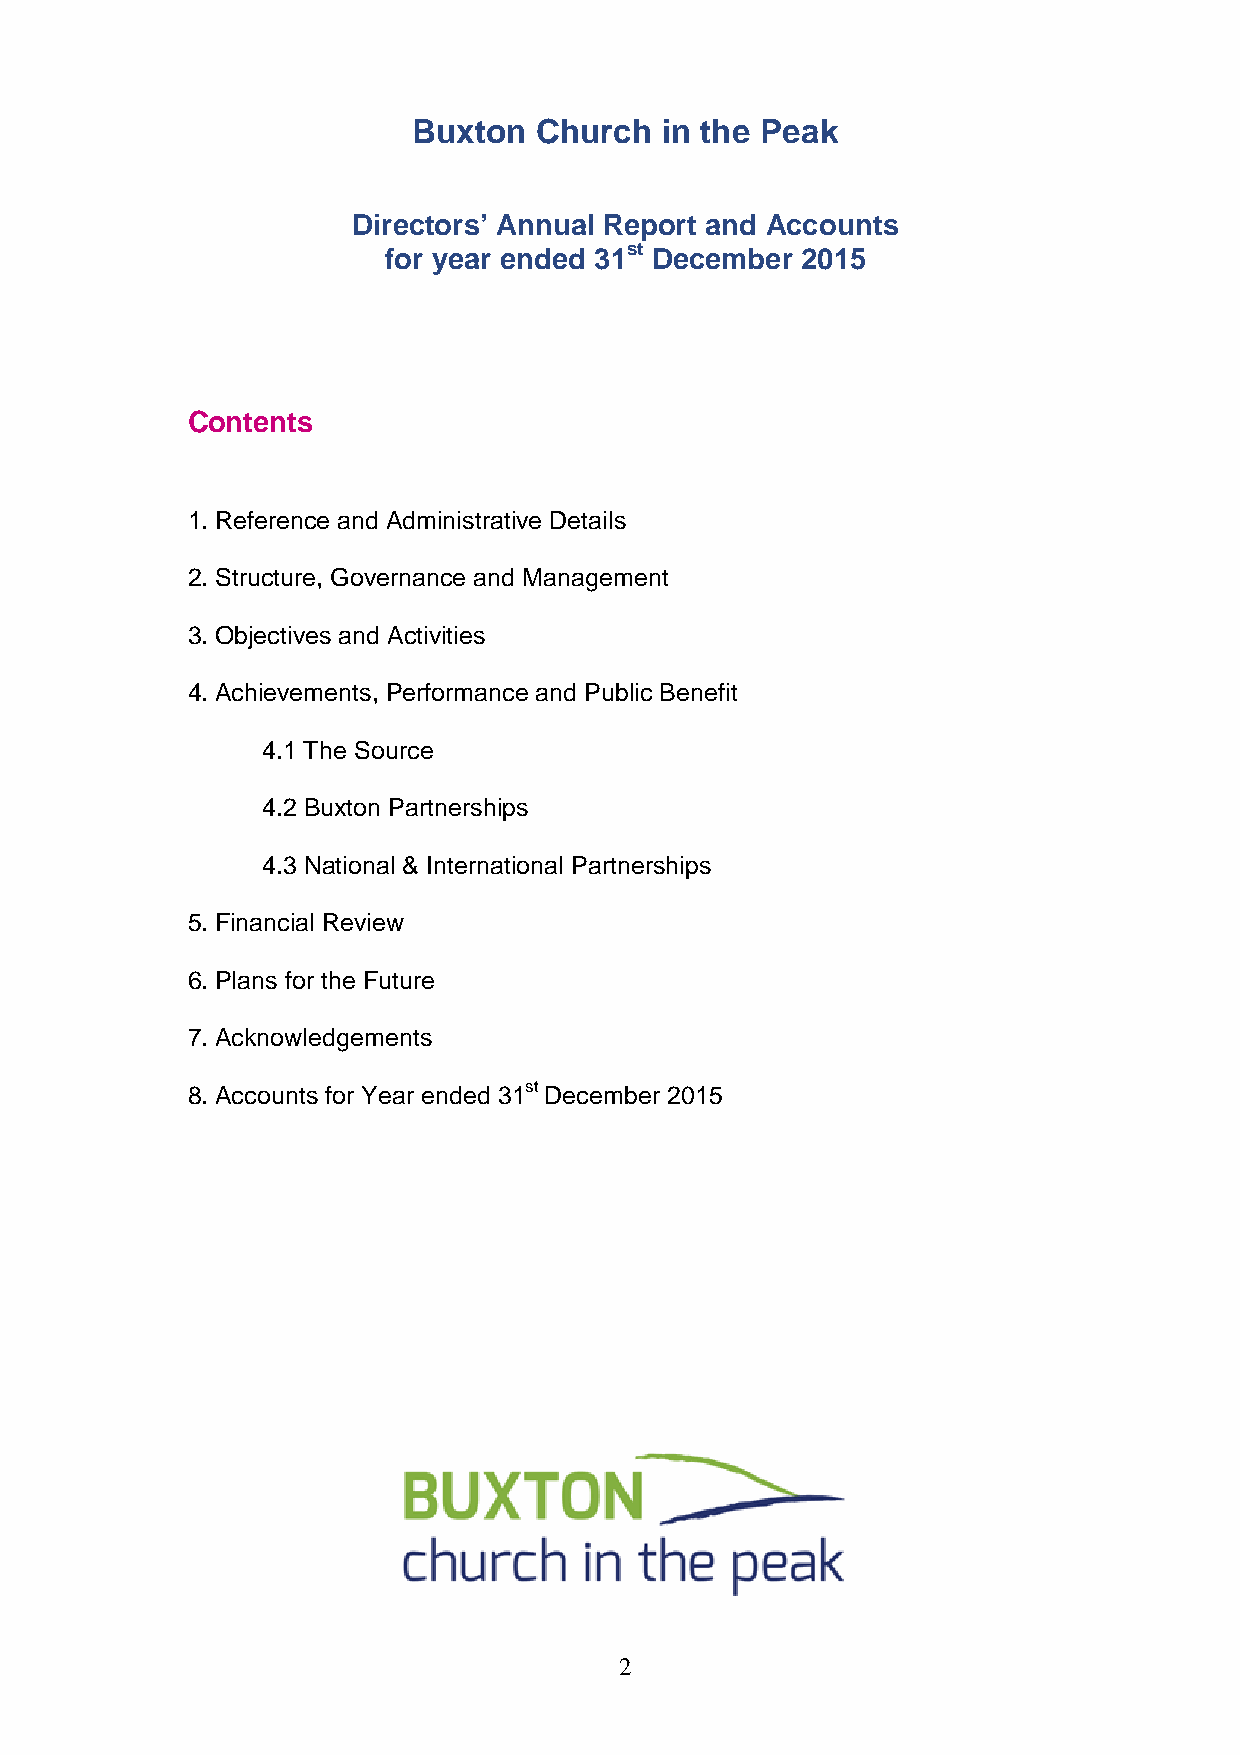
Buxton   Church  in the Peak
 Directors’ Annual Report and Accounts
 for year ended 31st December 2015
 Contents
 1. Reference and Administrative Details
 2. Structure, Governance and Management
 3. Objectives and Activities
 4. Achievements, Performance and Public Benefit
 4.1 The Source
 4.2 Buxton Partnerships
 4.3 National & International Partnerships
 5. Financial Review
 6. Plans for the Future
 7. Acknowledgements
 8. Accounts for Year ended 31st December 2015
 2